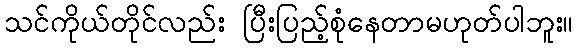
သင်ကိုယ်တိုင်လည်း ပြီးပြည့်စုံနေတာမဟုတ်ပါဘူး။